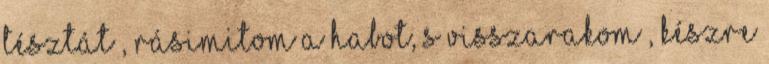
tésztát , rásimitom a habot, s visszarakom , készre